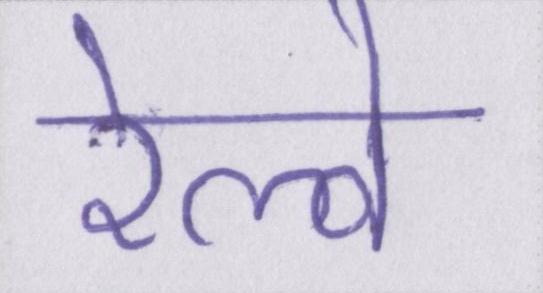
रेल्वे